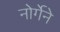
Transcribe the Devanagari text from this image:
नोर्गेने